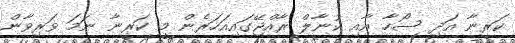
ކަރީނާ އަދި ސޯހާ އާއި ކުނާލް ރާއްޖޭގައިއަހަރެން މީ ކަރީނާ ނަމަ ވަރިވާން